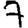
Digit: 7